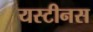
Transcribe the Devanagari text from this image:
यस्टीनस